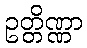
ဥတ္တိဏ္ဏာ